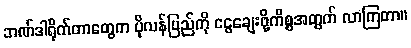
ဘဏ်ဒါရိုက်တာတွေက ပိုလန်ပြည်ကို ငွေချေးဖို့ကိစ္စအတွက် လာကြတာ။